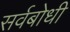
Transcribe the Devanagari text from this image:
सर्वबोधी